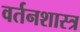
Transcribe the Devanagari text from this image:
वर्तनशास्त्र